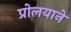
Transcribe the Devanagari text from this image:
प्रोलयाने